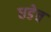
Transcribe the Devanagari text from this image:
धडेच